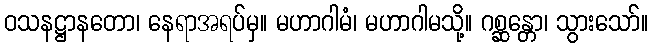
ဝသနဋ္ဌာနတော၊ နေရာအရပ်မှ။ မဟာဂါမံ၊ မဟာဂါမသို့။ ဂစ္ဆန္တော၊ သွားသော်။